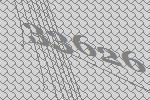
33626